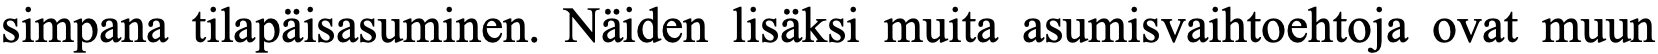
simpana tilapäisasuminen. Näiden lisäksi muita asumisvaihtoehtoja ovat muun